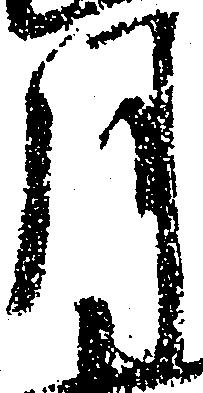
月